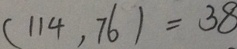
( 1 1 4 , 7 6 ) = 3 8